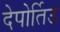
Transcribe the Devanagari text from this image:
देपोर्तिउ